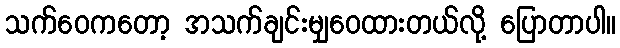
သက်ဝေကတော့ အသက်ချင်းမျှဝေထားတယ်လို့ ပြောတာပါ။